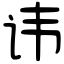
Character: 讳